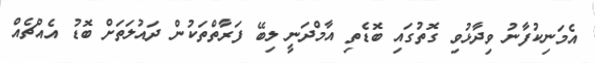
އެމަނިކުފާނު ވިދާޅުވި ގޮތުގައި ބޮޑެތި އާމްދަނީ ލިބޭ ފަރާތްތަކުން ދައުލަތަށް ބޮޑު އެއްޗެއް